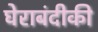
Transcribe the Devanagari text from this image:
घेराबंदीकी